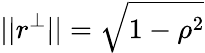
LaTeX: ||r^{\perp}||=\sqrt{1-\rho^{2}}